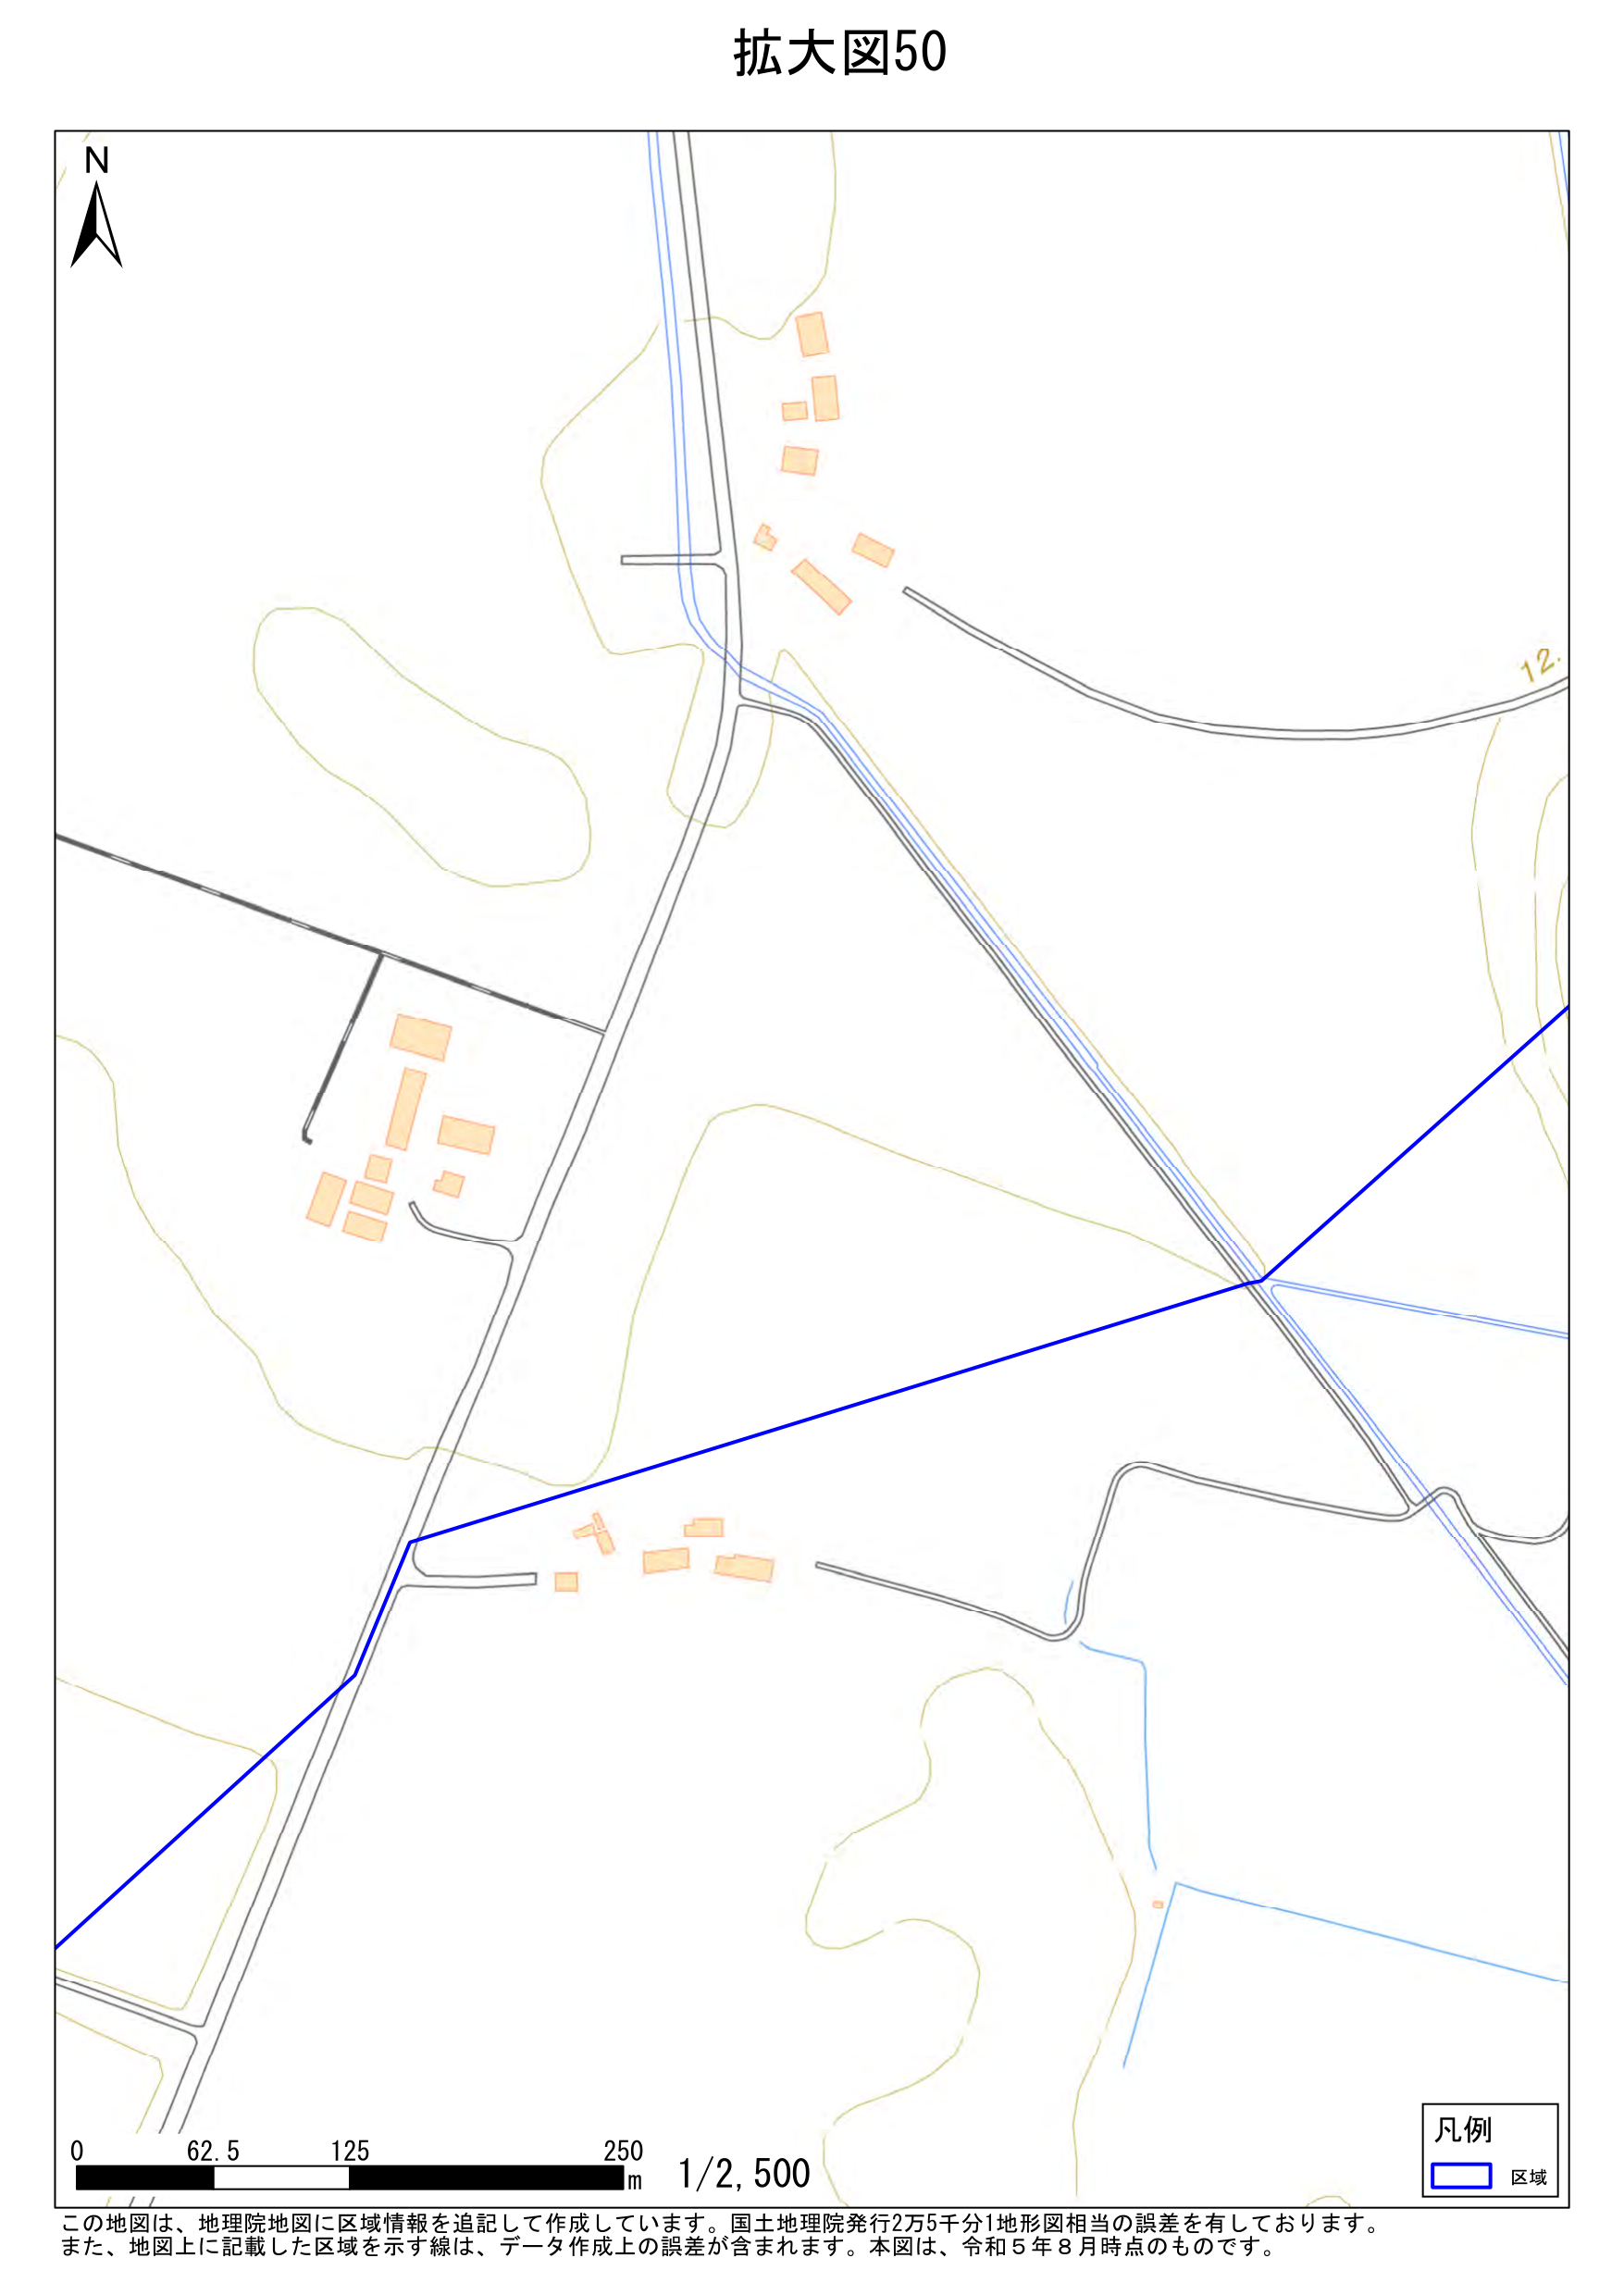
拡大図50

N

12.

0     62.5     125     250 m   1/2,500

凡例
□ 区域

この地図は、地理院地図に区域情報を追記して作成しています。国土地理院発行2万5千分1地形図相当の誤差を有しております。
また、地図上に記載した区域を示す線は、データ作成上の誤差が含まれます。本図は、令和5年8月時点のものです。